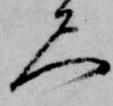
尺